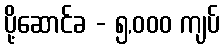
ပို့ဆောင်ခ - ၅,၀၀၀ ကျပ်